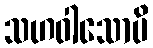
သဟဝါသောပိ